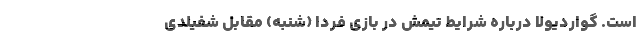
است. گواردیولا درباره شرایط تیمش در بازی فردا (شنبه) مقابل شفیلدی